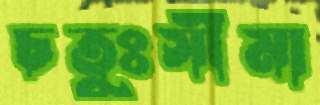
চতুঃসীমা